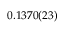
0 . 1 3 7 0 ( 2 3 )